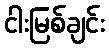
ငါးမြစ်ချင်း